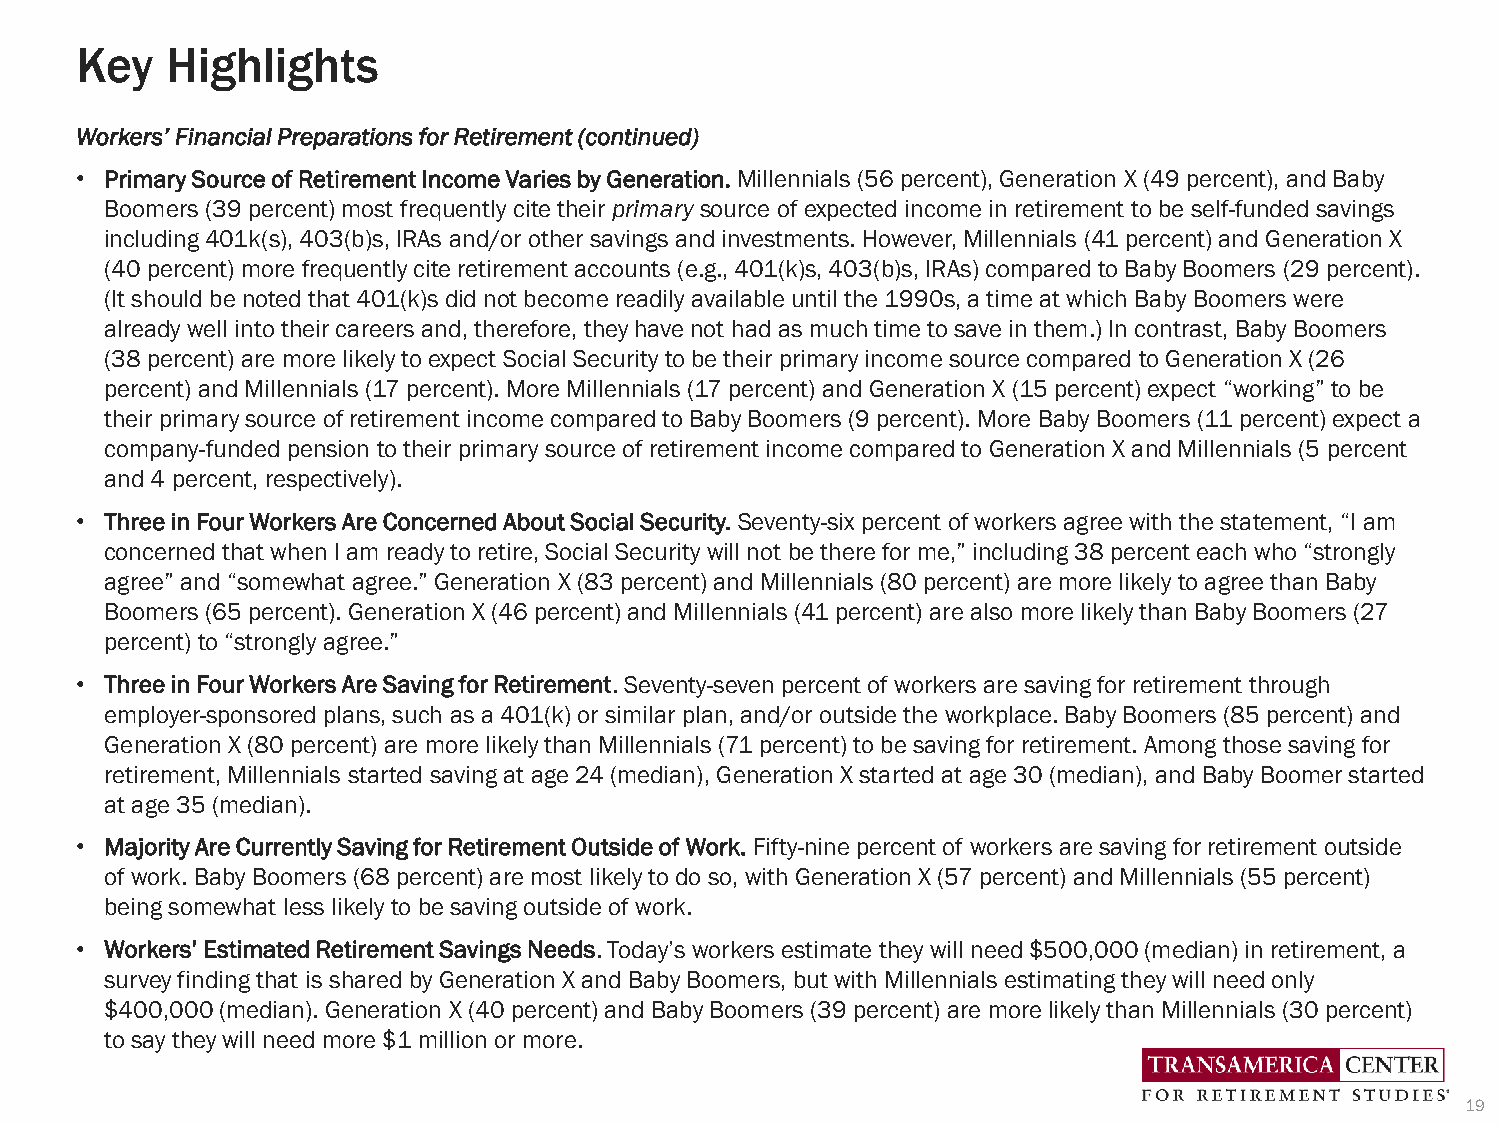
Key   Highlights
 Workers’ Financial Preparations for Retirement (continued)
 • Primary Source of Retirement Income Varies by Generation. Millennials (56 percent), Generation X (49 percent), and Baby
 Boomers (39 percent) most frequently cite their primarysource of expected income in retirement to be self-funded savings
 including 401k(s), 403(b)s, IRAs and/or other savings and investments. However, Millennials (41 percent) and Generation X
 (40 percent) more frequently cite retirement accounts (e.g., 401(k)s, 403(b)s, IRAs) compared to Baby Boomers (29 percent).
 (It should be noted that 401(k)s did not become readily available until the 1990s, a time at which Baby Boomers were
 already well into their careers and, therefore, they have not had as much time to save in them.) In contrast, Baby Boomers
 (38 percent) are more likely to expect Social Security to be their primary income source compared to Generation X (26
 percent) and Millennials (17 percent). More Millennials (17 percent) and Generation X (15 percent) expect “working” to be
 their primary source of retirement income compared to Baby Boomers (9 percent). More Baby Boomers (11 percent) expect a
 company-funded pension to their primary source of retirement income compared to Generation X and Millennials (5 percent
 and 4 percent, respectively).
 • Three in Four Workers Are Concerned About Social Security. Seventy-six percent of workers agree with the statement, “I am
 concerned that when I am ready to retire, Social Security will not be there for me,” including 38 percent each who “strongly
 agree” and “somewhat agree.” Generation X (83 percent) and Millennials (80 percent) are more likely to agree than Baby
 Boomers (65 percent). Generation X (46 percent) and Millennials (41 percent) are also more likely than Baby Boomers (27
 percent) to “strongly agree.”
 • Three in Four Workers Are Saving for Retirement. Seventy-seven percent of workers are saving for retirement through
 employer-sponsored plans, such as a 401(k) or similar plan, and/or outside the workplace. Baby Boomers (85 percent) and
 Generation X (80 percent) are more likely than Millennials (71 percent) to be saving for retirement. Among those saving for
 retirement, Millennials started saving at age 24 (median), Generation X started at age 30 (median), and Baby Boomer started
 at age 35 (median).
 • Majority Are Currently Saving for Retirement Outside of Work. Fifty-nine percent of workers are saving for retirement outside
 of work. Baby Boomers (68 percent) are most likely to do so, with Generation X (57 percent) and Millennials (55 percent)
 being somewhat less likely to be saving outside of work.
 • Workers’ Estimated Retirement Savings Needs. Today’s workers estimate they will need $500,000 (median) in retirement, a
 survey finding that is shared by Generation X and Baby Boomers, but with Millennials estimating they will need only
 $400,000 (median). Generation X (40 percent) and Baby Boomers (39 percent) are more likely than Millennials (30 percent)
 to say they will need more $1 million or more.
 19